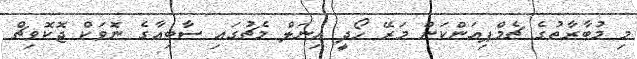
މި މުބާރާތުގެ ޗެމްޕިއަންކަން މަރޭ ހޯދީ އިނަލް މެޗުގައި ސާބިއާގެ ނޮވަކް ޖޮކޮވިޗް